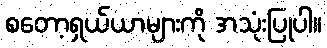
စတော့ရှယ်ယာများကို အသုံးပြုပါ။